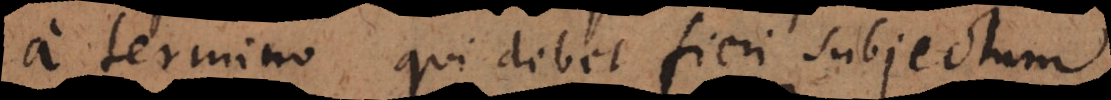
a termino qui debet fieri subjectum